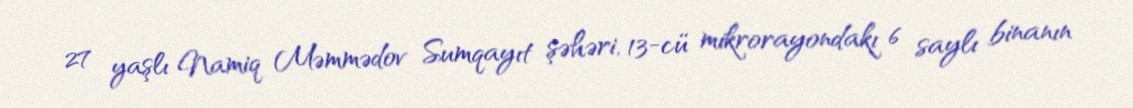
27 yaşlı Namiq Məmmədov Sumqayıt şəhəri, 13-cü mikrorayondakı 6 saylı binanın